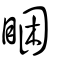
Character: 睏